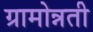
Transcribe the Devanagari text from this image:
ग्रामोन्नती